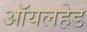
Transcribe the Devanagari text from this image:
ऑयलहेड